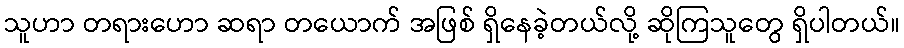
သူဟာ တရားဟော ဆရာ တယောက် အဖြစ် ရှိနေခဲ့တယ်လို့ ဆိုကြသူတွေ ရှိပါတယ်။